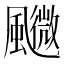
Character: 𩙉